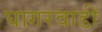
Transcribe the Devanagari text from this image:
घागरवाडी